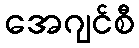
အေဂျင်စီ